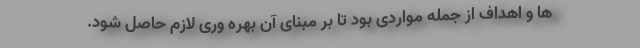
ها و اهداف از جمله مواردی بود تا بر مبنای آن بهره وری لازم حاصل شود.